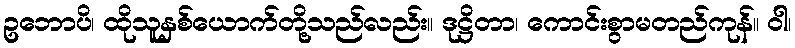
ဥဘောပိ၊ ထိုသူနှစ်ယောက်တို့သည်လည်း။ ဒုဋ္ဌိတာ၊ ကောင်းစွာမတည်ကုန်။ ဝါ၊